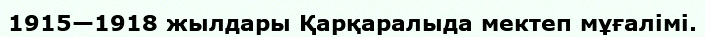
1915—1918 жылдары Қарқаралыда мектеп мұғалімі.